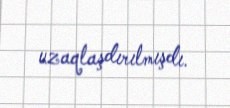
uzaqlaşdırılmışdı.